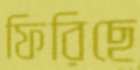
ফিরিছে